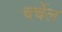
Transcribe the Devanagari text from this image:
चर्चेल